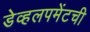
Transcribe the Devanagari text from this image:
डेव्हलपमेंटची